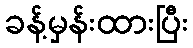
ခန့်မှန်းထားပြီး